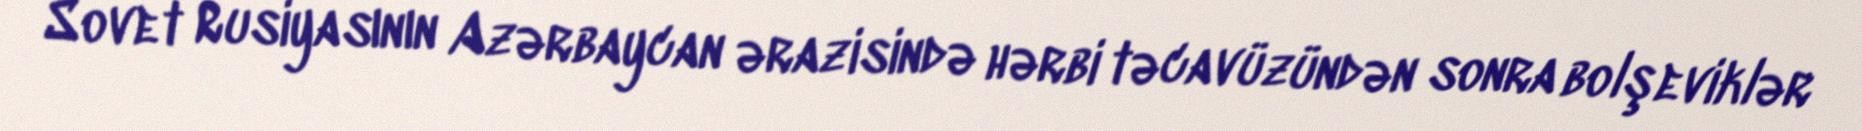
Sovet Rusiyasının Azərbaycan ərazisində hərbi təcavüzündən sonra bolşeviklər